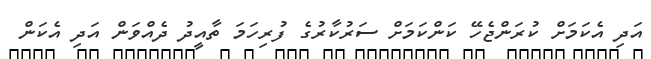
އަދި އެކަމަށް ކުރަންޖެހޭ ކަންކަމަށް ސަރުކާރުގެ ފުރިހަމަ ތާއީދު ދެއްވަން އަދި އެކަން